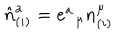
{ \hat { n } } _ { ( i ) } ^ { a } = e _ { \; \; \mu } ^ { a } n _ { ( i ) } ^ { \mu }